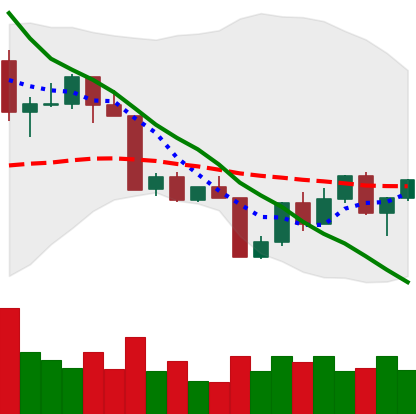
Ticker: LTC-USD
Chart end date: 2022-04-19
Forward return: -8.074%
Label: down_7plus